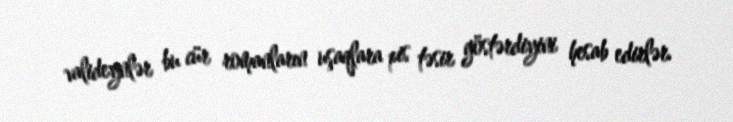
valideynlər bu cür romanların uşaqlara pis təsir göstərdiyini hesab edirlər.